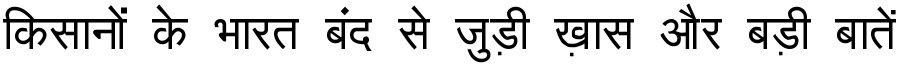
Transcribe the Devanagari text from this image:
किसानों के भारत बंद से जुड़ी ख़ास और बड़ी बातें